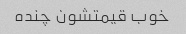
خوب قیمتشون چنده